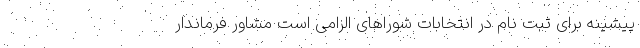
پیشینه برای ثبت نام در انتخابات شوراهای الزامی است مشاور فرماندار